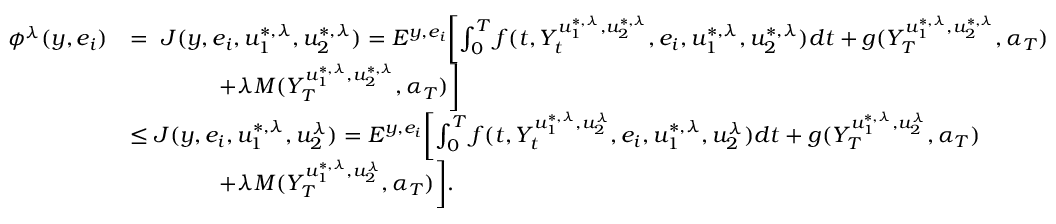
\begin{array} { r l } { \phi ^ { \lambda } ( y , e _ { i } ) } & { = \ J ( y , e _ { i } , u _ { 1 } ^ { * , \lambda } , u _ { 2 } ^ { * , \lambda } ) = E ^ { y , e _ { i } } \biggl [ \int _ { 0 } ^ { T } f ( t , Y _ { t } ^ { u _ { 1 } ^ { * , \lambda } , u _ { 2 } ^ { * , \lambda } } , e _ { i } , u _ { 1 } ^ { * , \lambda } , u _ { 2 } ^ { * , \lambda } ) d t + g ( Y _ { T } ^ { u _ { 1 } ^ { * , \lambda } , u _ { 2 } ^ { * , \lambda } } , \alpha _ { T } ) } \\ & { \qquad \qquad + \lambda M ( Y _ { T } ^ { u _ { 1 } ^ { * , \lambda } , u _ { 2 } ^ { * , \lambda } } , \alpha _ { T } ) \biggr ] } \\ & { \leq J ( y , e _ { i } , u _ { 1 } ^ { * , \lambda } , u _ { 2 } ^ { \lambda } ) = E ^ { y , e _ { i } } \biggl [ \int _ { 0 } ^ { T } f ( t , Y _ { t } ^ { u _ { 1 } ^ { * , \lambda } , u _ { 2 } ^ { \lambda } } , e _ { i } , u _ { 1 } ^ { * , \lambda } , u _ { 2 } ^ { \lambda } ) d t + g ( Y _ { T } ^ { u _ { 1 } ^ { * , \lambda } , u _ { 2 } ^ { \lambda } } , \alpha _ { T } ) } \\ & { \qquad \qquad + \lambda M ( Y _ { T } ^ { u _ { 1 } ^ { * , \lambda } , u _ { 2 } ^ { \lambda } } , \alpha _ { T } ) \biggr ] . } \end{array}